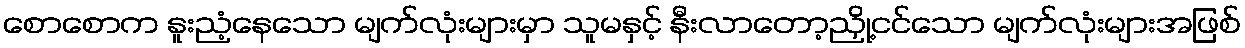
စောစောက နူးညံ့နေသော မျက်လုံးများမှာ သူမနှင့် နီးလာတော့ညှို့ငင်သော မျက်လုံးများအဖြစ်